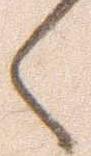
々